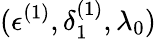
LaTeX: (\epsilon^{(1)},\delta_{1}^{(1)},\lambda_{0})